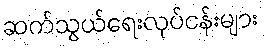
ဆက်သွယ်ရေးလုပ်ငန်းများ